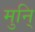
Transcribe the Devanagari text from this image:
मुनि्